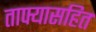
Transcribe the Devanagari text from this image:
ताफ्यासहित